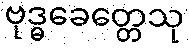
ဗုဒ္ဓခေတ္တေသု